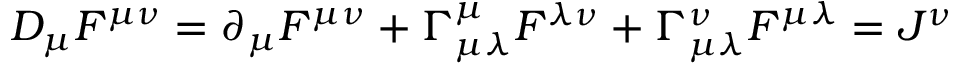
{ \cal D } _ { \mu } F ^ { \mu \nu } = \partial _ { \mu } F ^ { \mu \nu } + \Gamma _ { \mu \lambda } ^ { \mu } F ^ { \lambda \nu } + \Gamma _ { \mu \lambda } ^ { \nu } F ^ { \mu \lambda } = { \cal J } ^ { \nu }